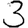
Digit: 3